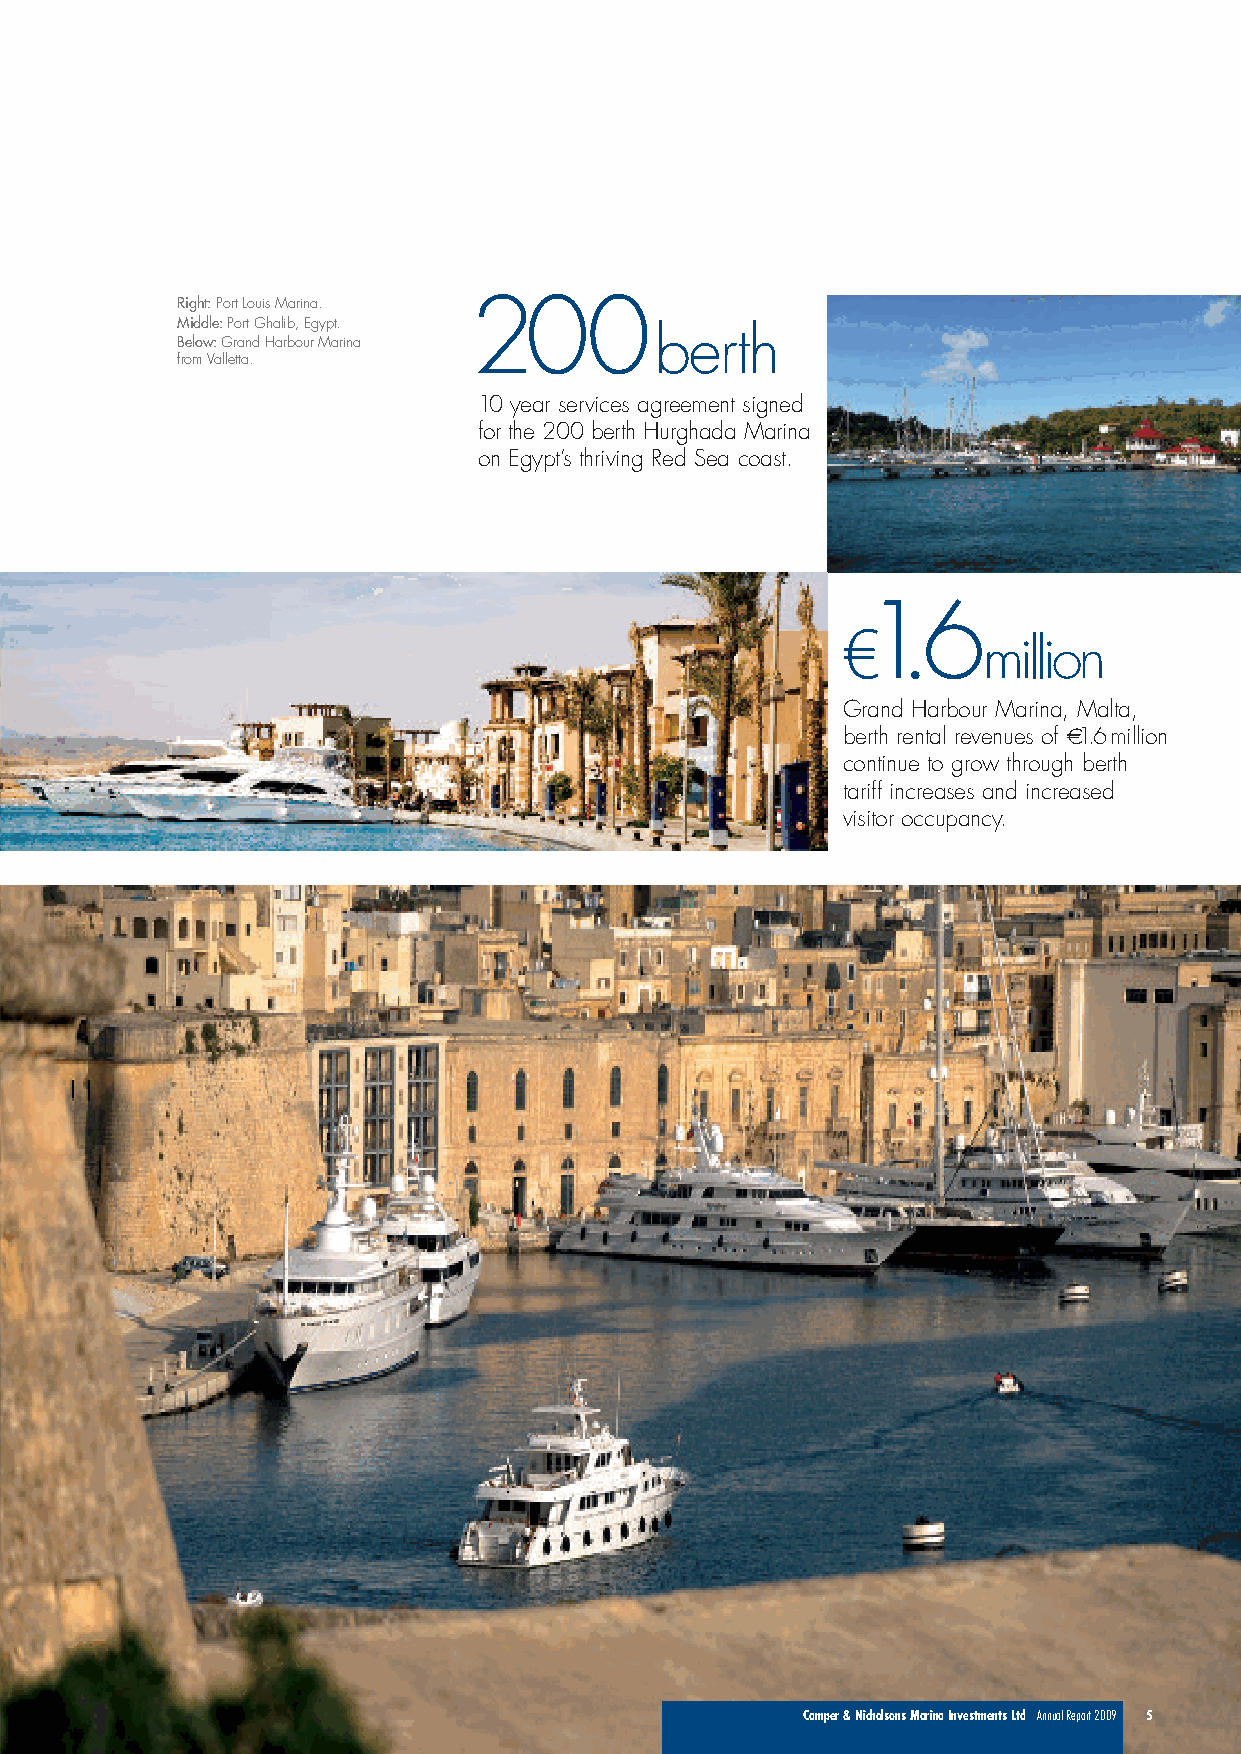
Right:Port Louis Marina. 200
 Middle: Port Ghalib, Egypt.
 berth
 Below: Grand Harbour Marina
 from Valletta.
 10 year services agreement signed
 for the 200 berth Hurghada Marina
 on Egypt’s thriving Red Sea coast.
 1.6
 €
 million
 Grand Harbour Marina, Malta,
 berth rental revenues of €1.6million
 continue to grow through berth
 tariff increases and increased
 visitor occupancy.
 Camper & Nicholsons Marina Investments Ltd Annual Report 2009 5